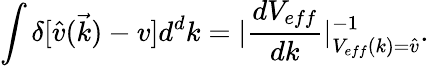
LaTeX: \int\delta[\hat{v}(\vec{k})-v]d^{d}k=|\frac{dV_{eff}}{dk}|_{V_{eff}(k)=\hat{v}}^{-1}.